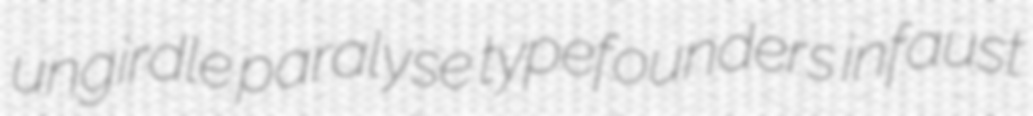
ungirdle paralyse typefounders infaust